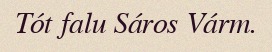
Tót falu Sáros Várm.